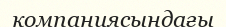
компаниясындағы